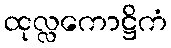
ထုလ္လကောဋ္ဌိကံ